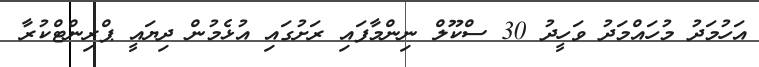
އަހުމަދު މުހައްމަދު ވަހީދު 30 ސްކޫލް ނިންމާފައި ރަށުގައި އުޅެމުން ދިޔައީ ޕްރިންޓްކުރާ